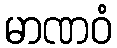
မာဏဝံ